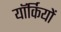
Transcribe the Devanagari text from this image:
यॉर्कियों